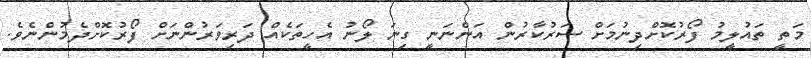
މަތީ ތައުލީމު ފޯރުކޮށްދިނުމަށް ސަރުކާރުން އަންނަނީ ގިނަ ލޯނު އެހީތަކެއް ދަރިވަރުންނަށް ފޯރުކޮށްދެމުންނެވެ.